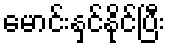
မောင်းနှင်နိုင်ပြီး